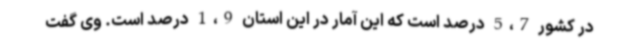
در کشور 5،7 درصد است که این آمار در این استان 1،9 درصد است. وی گفت